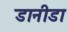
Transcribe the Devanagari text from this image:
डानीडा